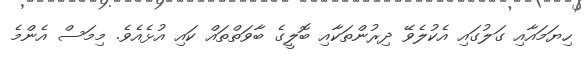
ހިޔަމައާއި ގަލުގައި އެކުލެވޭ ދިރުންތަކާއި ބޮލީގެ ބާވަތްތައް ކައި އުޅެއެވެ. މިމަސް އެންމެ